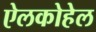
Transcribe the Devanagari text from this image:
ऐलकोहेल